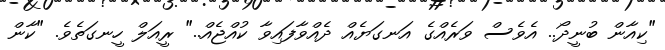
"ކިއާން ބުނީދޯ.. އެވެސް ވަރެއްގެ އަނގަޔެއް ދެއްވާފައިވާ ކުއްޖެއް.." ރީއަލް ހީނގަތެވެ. "ކާން